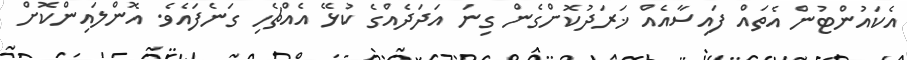
އެކައުންޓުން އެތައް ފައިސާއެއް ޚަރަދުކޮށްގެން ގިނަ އަދަދެއްގެ ކުޅޭ އެއްޗެހި ގަނެފައެވެ. އޮންލައިންކޮށް